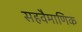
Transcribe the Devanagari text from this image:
सहवैमाणिक